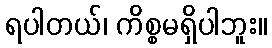
ရပါတယ်၊ ကိစ္စမရှိပါဘူး။